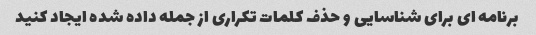
برنامه ای برای شناسایی و حذف کلمات تکراری از جمله داده شده ایجاد کنید